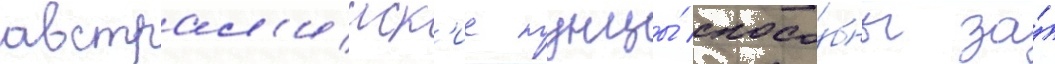
австрал'ииск'ие тунцы́ спосо́бны за́